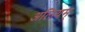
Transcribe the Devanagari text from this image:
अलियम्